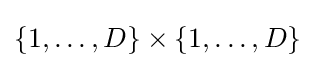
\{1,\ldots ,D\}\times \{1,\ldots ,D\}